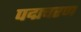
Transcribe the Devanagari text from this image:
पद्मचरण